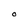
Character: O